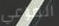
المراعي